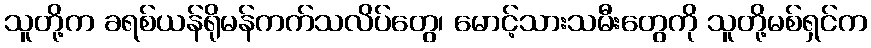
သူတို့က ခရစ်ယန်ရိုမန်ကက်သလိပ်တွေ၊ မောင့်သားသမီးတွေကို သူတို့မစ်ရှင်က